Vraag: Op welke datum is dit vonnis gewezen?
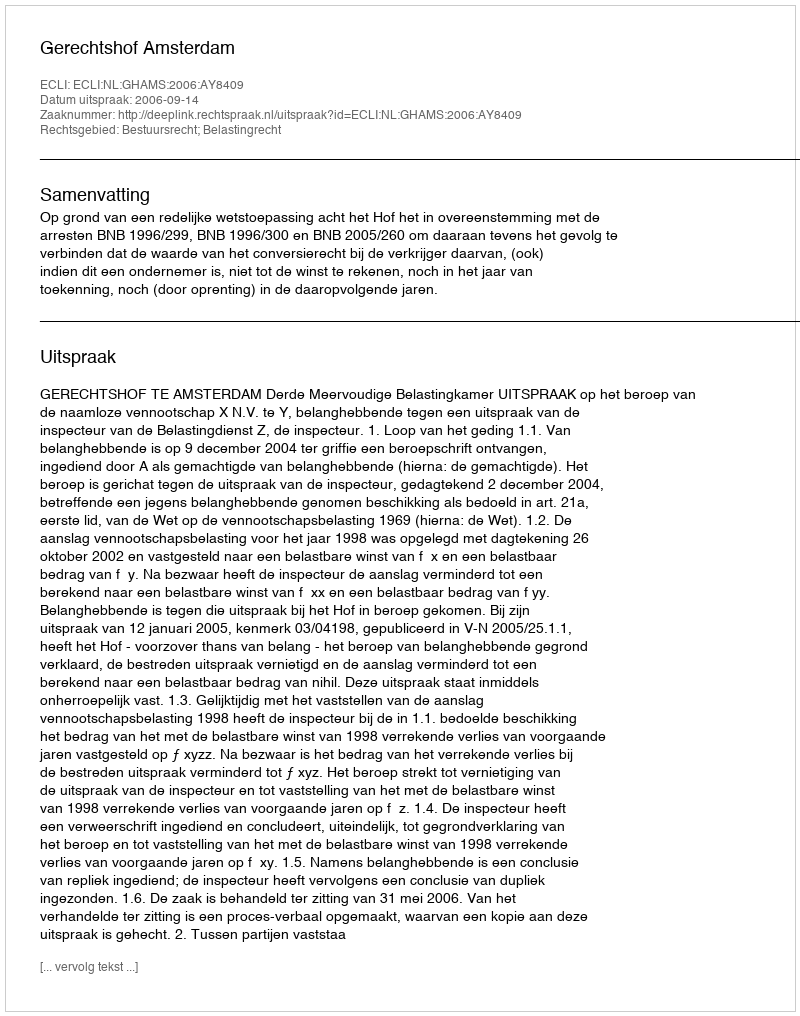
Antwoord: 2006-09-14